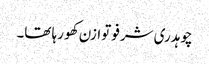
چوہدری شرفو توازن کھو رہا تھا۔